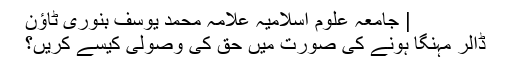
| جامعہ علوم اسلامیہ علامہ محمد یوسف بنوری ٹاؤن
ڈالر مہنگا ہونے کی صورت میں حق کی وصولی کیسے کریں؟